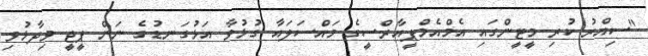
"ސިއްރު ކުރި މީޓީންގައި އެމްއެމްޕީއާރްސީގެ މައްސަލައާ ގުޅުވާ އަޅުގަނޑުގެ ނަން ޕީޖީ ވިދާޅުވި